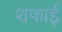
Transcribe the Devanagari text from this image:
शफाई